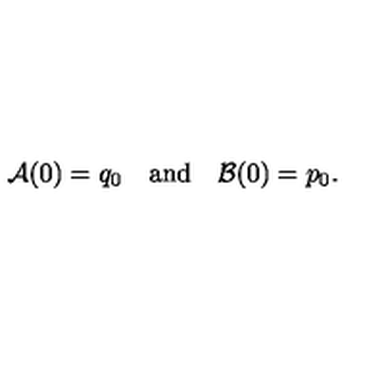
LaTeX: { \cal A } ( 0 ) = q _ { 0 } \quad \mathrm { a n d } \quad { \cal B } ( 0 ) = p _ { 0 } .